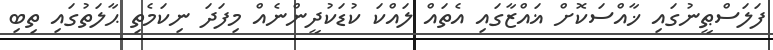
ފަލަސްޠީނުގައި ޚާއްސަކޮށް ޣައްޒާގައި އެތައް ލައްކަ ކުޑަކުދީންނެއް މިފަދަ ނިކަމެތި ޙާލަތުގައި ތިބި